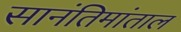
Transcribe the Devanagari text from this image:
सानंतिमांताल